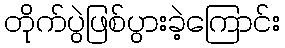
တိုက်ပွဲဖြစ်ပွားခဲ့ကြောင်း